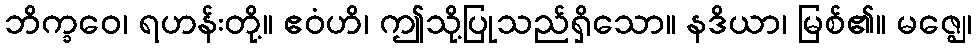
ဘိက္ခဝေ၊ ရဟန်းတို့။ ဧဝံဟိ၊ ဤသို့ပြုသည်ရှိသော။ နဒိယာ၊ မြစ်၏။ မဇ္ဈေ၊